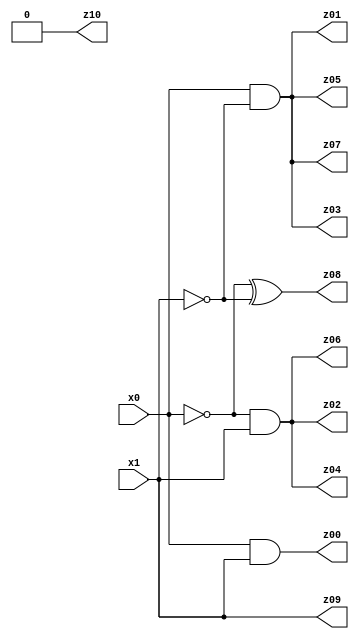
// Benchmark "X_84" written by ABC on Mon Jun 05 07:03:05 2023

module X_84 ( 
    x0, x1,
    z00, z01, z02, z03, z04, z05, z06, z07, z08, z09, z10  );
  input  x0, x1;
  output z00, z01, z02, z03, z04, z05, z06, z07, z08, z09, z10;
  assign z00 = x0 & x1;
  assign z01 = x0 & ~x1;
  assign z02 = ~x0 & x1;
  assign z03 = x0 & ~x1;
  assign z04 = ~x0 & x1;
  assign z05 = x0 & ~x1;
  assign z06 = ~x0 & x1;
  assign z07 = x0 & ~x1;
  assign z08 = ~x0 ^ ~x1;
  assign z09 = x0 ? x1 : x1;
  assign z10 = 1'b0;
endmodule